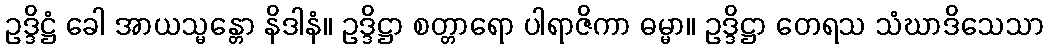
ဥဒ္ဒိဋ္ဌံ ခေါ အာယသ္မန္တော နိဒါနံ။ ဥဒ္ဒိဋ္ဌာ စတ္တာရော ပါရာဇိကာ ဓမ္မာ။ ဥဒ္ဒိဋ္ဌာ တေရသ သံဃာဒိသေသာ